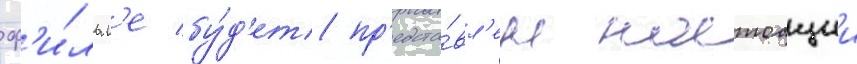
ф'и́льм'е бу́д'ет пр'едста́вл'ен настоащии